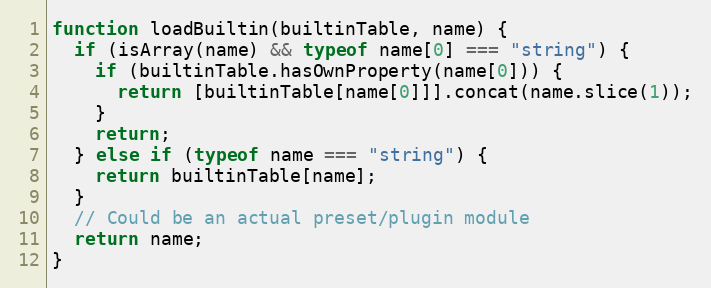
Language: JavaScript
function loadBuiltin(builtinTable, name) {
  if (isArray(name) && typeof name[0] === "string") {
    if (builtinTable.hasOwnProperty(name[0])) {
      return [builtinTable[name[0]]].concat(name.slice(1));
    }
    return;
  } else if (typeof name === "string") {
    return builtinTable[name];
  }
  // Could be an actual preset/plugin module
  return name;
}